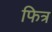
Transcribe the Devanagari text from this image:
फित्र